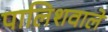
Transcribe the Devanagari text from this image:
पालिशवाले